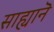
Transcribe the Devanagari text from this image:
साह्यानॆ